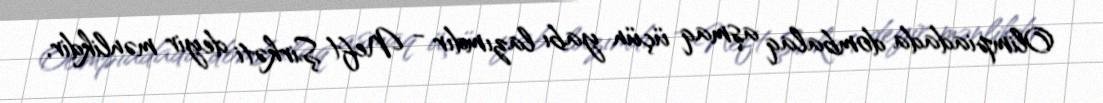
Olimpiadada dombalaq aşmaq üçün yabı lazımdır - Neft Şirkəti deyir mənlikdir,